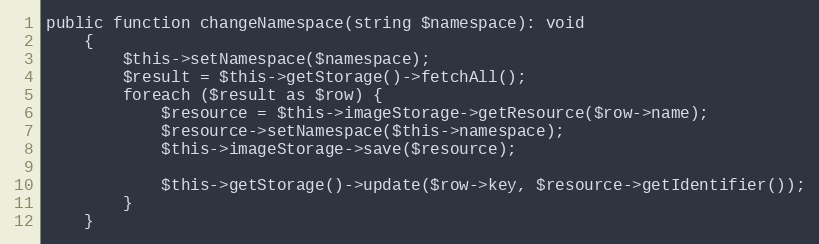
Language: PHP
public function changeNamespace(string $namespace): void
	{
		$this->setNamespace($namespace);
		$result = $this->getStorage()->fetchAll();
		foreach ($result as $row) {
			$resource = $this->imageStorage->getResource($row->name);
			$resource->setNamespace($this->namespace);
			$this->imageStorage->save($resource);

			$this->getStorage()->update($row->key, $resource->getIdentifier());
		}
	}